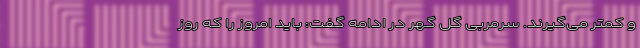
و کمتر می‌گیرند. سرمربی گل گهر در ادامه گفت: باید امروز را که روز